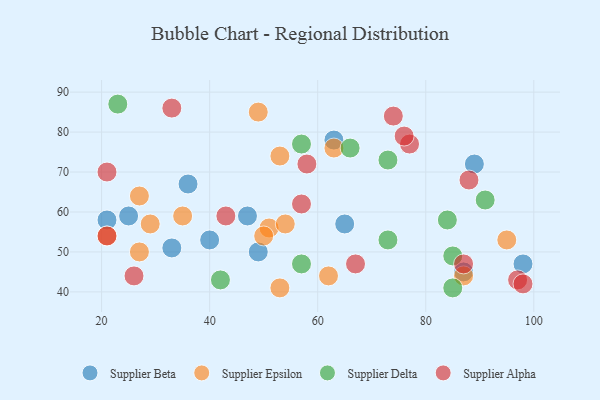
{"axis": {"x": "GDP", "y": "Life Expectancy"}, "legend": ["Supplier Alpha", "Supplier Beta", "Supplier Delta", "Supplier Epsilon"], "data": [{"x": "33", "y": 51, "type": "Supplier Beta"}, {"x": "21", "y": 58, "type": "Supplier Beta"}, {"x": "47", "y": 59, "type": "Supplier Beta"}, {"x": "25", "y": 59, "type": "Supplier Beta"}, {"x": "87", "y": 45, "type": "Supplier Beta"}, {"x": "49", "y": 50, "type": "Supplier Beta"}, {"x": "63", "y": 78, "type": "Supplier Beta"}, {"x": "40", "y": 53, "type": "Supplier Beta"}, {"x": "36", "y": 67, "type": "Supplier Beta"}, {"x": "89", "y": 72, "type": "Supplier Beta"}, {"x": "65", "y": 57, "type": "Supplier Beta"}, {"x": "98", "y": 47, "type": "Supplier Beta"}, {"x": "51", "y": 56, "type": "Supplier Epsilon"}, {"x": "29", "y": 57, "type": "Supplier Epsilon"}, {"x": "50", "y": 54, "type": "Supplier Epsilon"}, {"x": "63", "y": 76, "type": "Supplier Epsilon"}, {"x": "35", "y": 59, "type": "Supplier Epsilon"}, {"x": "53", "y": 41, "type": "Supplier Epsilon"}, {"x": "21", "y": 54, "type": "Supplier Epsilon"}, {"x": "53", "y": 74, "type": "Supplier Epsilon"}, {"x": "49", "y": 85, "type": "Supplier Epsilon"}, {"x": "27", "y": 64, "type": "Supplier Epsilon"}, {"x": "27", "y": 50, "type": "Supplier Epsilon"}, {"x": "95", "y": 53, "type": "Supplier Epsilon"}, {"x": "62", "y": 44, "type": "Supplier Epsilon"}, {"x": "54", "y": 57, "type": "Supplier Epsilon"}, {"x": "87", "y": 44, "type": "Supplier Epsilon"}, {"x": "85", "y": 41, "type": "Supplier Delta"}, {"x": "73", "y": 53, "type": "Supplier Delta"}, {"x": "84", "y": 58, "type": "Supplier Delta"}, {"x": "73", "y": 73, "type": "Supplier Delta"}, {"x": "57", "y": 47, "type": "Supplier Delta"}, {"x": "91", "y": 63, "type": "Supplier Delta"}, {"x": "23", "y": 87, "type": "Supplier Delta"}, {"x": "66", "y": 76, "type": "Supplier Delta"}, {"x": "57", "y": 77, "type": "Supplier Delta"}, {"x": "42", "y": 43, "type": "Supplier Delta"}, {"x": "85", "y": 49, "type": "Supplier Delta"}, {"x": "77", "y": 77, "type": "Supplier Alpha"}, {"x": "43", "y": 59, "type": "Supplier Alpha"}, {"x": "87", "y": 47, "type": "Supplier Alpha"}, {"x": "97", "y": 43, "type": "Supplier Alpha"}, {"x": "58", "y": 72, "type": "Supplier Alpha"}, {"x": "57", "y": 62, "type": "Supplier Alpha"}, {"x": "76", "y": 79, "type": "Supplier Alpha"}, {"x": "26", "y": 44, "type": "Supplier Alpha"}, {"x": "21", "y": 70, "type": "Supplier Alpha"}, {"x": "21", "y": 54, "type": "Supplier Alpha"}, {"x": "88", "y": 68, "type": "Supplier Alpha"}, {"x": "74", "y": 84, "type": "Supplier Alpha"}, {"x": "33", "y": 86, "type": "Supplier Alpha"}, {"x": "67", "y": 47, "type": "Supplier Alpha"}, {"x": "98", "y": 42, "type": "Supplier Alpha"}]}